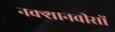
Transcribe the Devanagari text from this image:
नक्शानवीसों